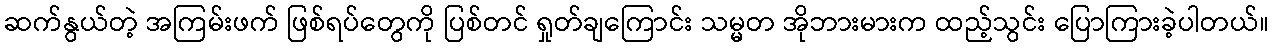
ဆက်နွယ်တဲ့ အကြမ်းဖက် ဖြစ်ရပ်တွေကို ပြစ်တင် ရှုတ်ချကြောင်း သမ္မတ အိုဘားမားက ထည့်သွင်း ပြောကြားခဲ့ပါတယ်။